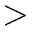
>